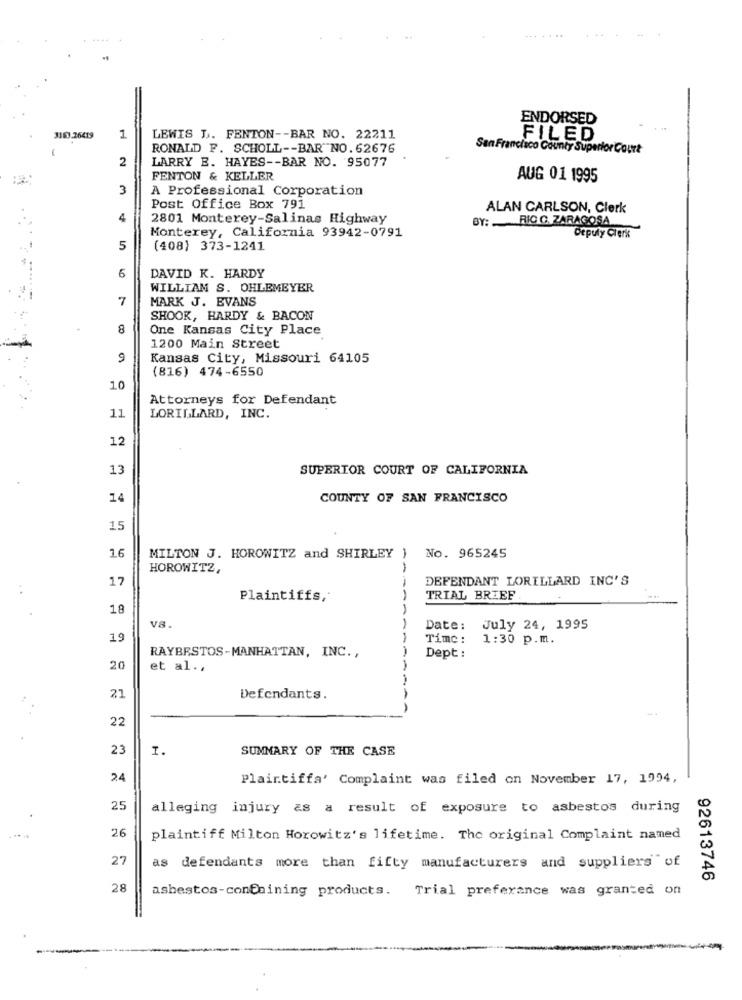
... ....
ENDORSED
3163.26419
1
LEWIS L. FENTON -- BAR NO. 22211
FILED
RONALD F. SCHOLL -- BAR NO. 62676
San Francisco County Superior Court
2
LARRY B. HAYES -- BAR NO. 95077
FENTON & KELLER
AUG 01 1995
3
A Professional Corporation
Post Office Box 791
ALAN CARLSON, Clerk
4
2801 Monterey-Salinas Highway
BY: RICO. ZARAGOSA
Monterey, California 93942-0791
Depuly Clerk
5
(408) 373-1241
6
DAVID K. HARDY
WILLIAM S. OHLEMEYER
7
MARK J. EVANS
SHOOK, HARDY & BACON
8
One Kansas City Place
1200 Main Street
9
Kansas City, Missouri 64105
(816) 474-6550
10
Attorneys for Defendant
11
LORILLARD, INC.
12
13
SUPERIOR COURT OF CALIFORNIA
14
COUNTY OF SAN FRANCISCO
15
16
MILTON J. HOROWITZ and SHIRLEY ) No. 965245
HOROWITZ,
17
DEFENDANT LORILLARD INC'S
. .
Plaintiffs,
TRIAL BRIEF
18
v8.
Date:
July 24, 1995
19
Time :
1:30 p.m.
RAYBESTOS-MANHATTAN, INC .,
Dept :
20
et al .,
21
Defendants.
22
23
1.
SUMMARY OF THE CASE
24
Plaintiffa' Complaint was filed on November 17, 1994,
25
alleging injury as a result of exposure to asbestos during
26
plaintiff Milton Horowitz's lifetime. The original Complaint named
27
as defendants more than fifty manufacturers and suppliers of
92613746
28
asbestos-containing products.
Trial preference was granted on